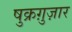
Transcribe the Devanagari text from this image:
षुक्रग़ुज़ार